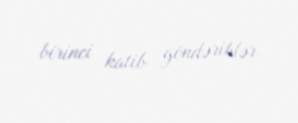
birinci katib göndəriblər.